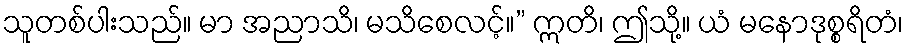
သူတစ်ပါးသည်။ မာ အညာသိ၊ မသိစေလင့်။” ဣတိ၊ ဤသို့။ ယံ မနောဒုစ္စရိတံ၊